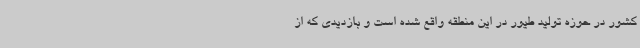
کشور در حوزه تولید طیور در این منطقه واقع شده است و بازدیدی که از